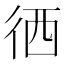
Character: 徆